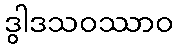
ဒွါဒသဝဿာဝ